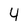
Character: 4